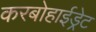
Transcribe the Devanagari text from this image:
करबोहाईड्रेट